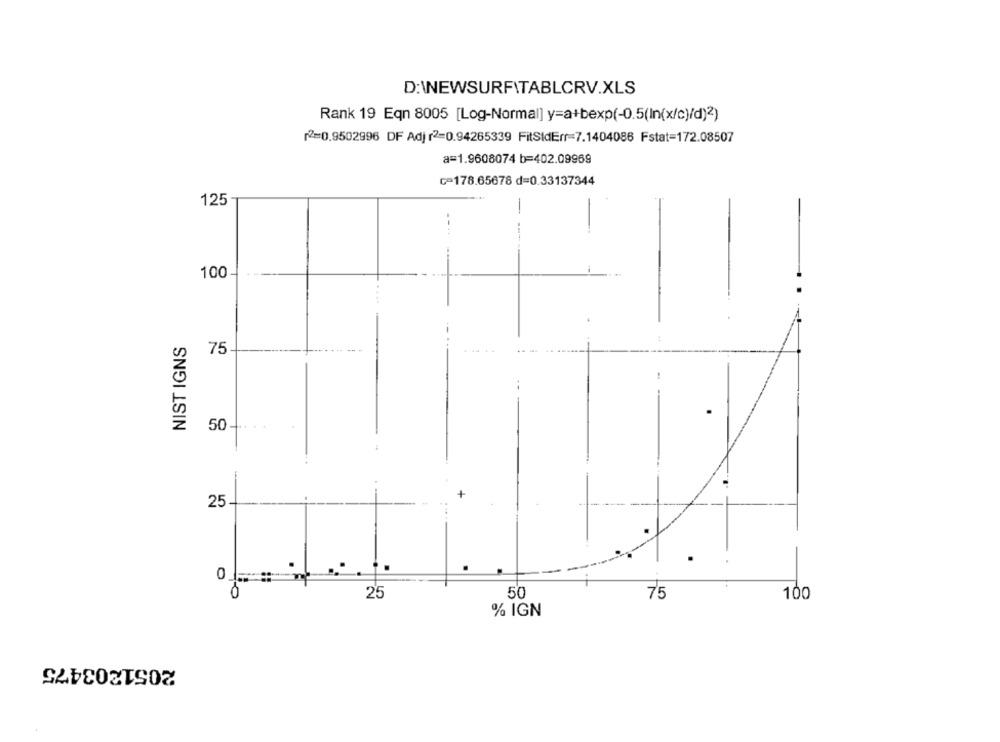
D:\NEWSURFITABLCRV.XLS
Rank 19 Eqn 8005 [Log-Normal] y=a+bexp(-0.5(In{x/c)/d)2)
2=0.9502996 DF Adj r2=0.94265339 FitSidErr=7.1404086 Fstat=172.08507
a=1.9608074 b=402.09969
C-178.65678 d=0.33137344
125
--
100
NIST IGNS
75
50-
25-
.
50
25
75
100
% IGN
2051203475